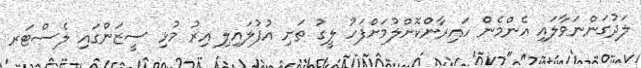
ލަދުގަންނަވާލައި އެންމެން ހައިރާންކޮށްލުމަށްފަހު ލީގު ތަށި އުފުލައިލި އިރު މުޅި ސީޒަންގައި ލެސްޓަރ